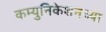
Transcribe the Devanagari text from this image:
कम्युनिकेशनच्या